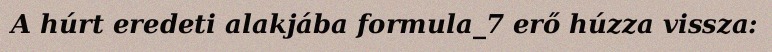
A húrt eredeti alakjába formula_7 erő húzza vissza: